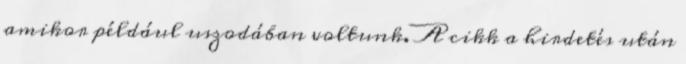
amikor például uszodában voltunk. A cikk a hirdetés után